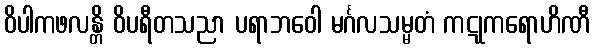
ဝိပါကဖလန္တိ ဝိပရီတသညာ ပရာဘဝေါ မင်္ဂလသမ္မတံ ကဋုကရောဟိဏီ